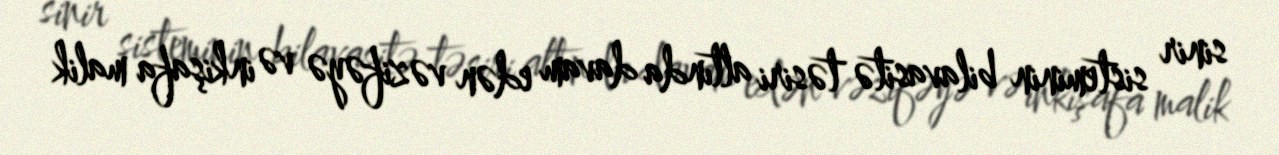
sinir sisteminin bilavasitə təsiri altında davam edən vəzifəyə və inkişafa malik